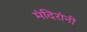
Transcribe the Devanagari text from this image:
मंदिरांनी